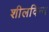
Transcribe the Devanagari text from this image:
शीलविन्य